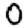
Digit: 0